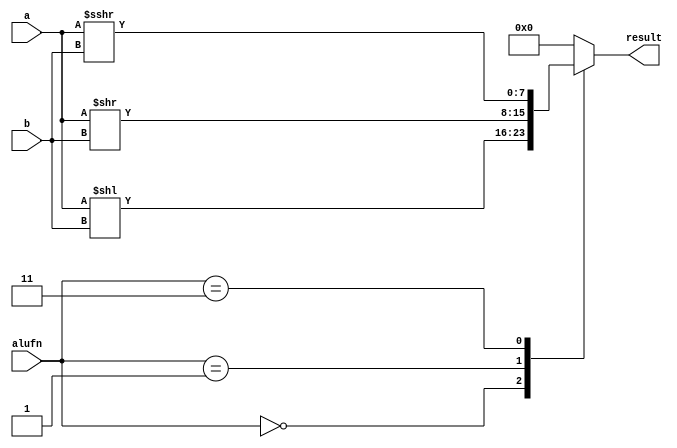
/*
   This file was generated automatically by the Mojo IDE version B1.3.3.
   Do not edit this file directly. Instead edit the original Lucid source.
   This is a temporary file and any changes made to it will be destroyed.
*/

module shifter_17 (
    input [7:0] a,
    input [2:0] b,
    input [1:0] alufn,
    output reg [7:0] result
  );
  
  
  
  always @* begin
    
    case (alufn)
      2'h0: begin
        result = a << b;
      end
      2'h1: begin
        result = a >> b;
      end
      2'h3: begin
        result = $signed(a) >>> b;
      end
      default: begin
        result = 1'h0;
      end
    endcase
  end
endmodule